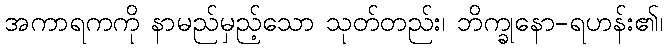
အကာရကကို နာမည်မှည့်သော သုတ်တည်း၊ ဘိက္ခုနော-ရဟန်း၏၊